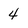
Character: 4